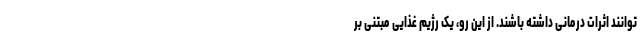
توانند اثرات درمانی داشته باشند. از این رو، یک رژیم غذایی مبتنی بر